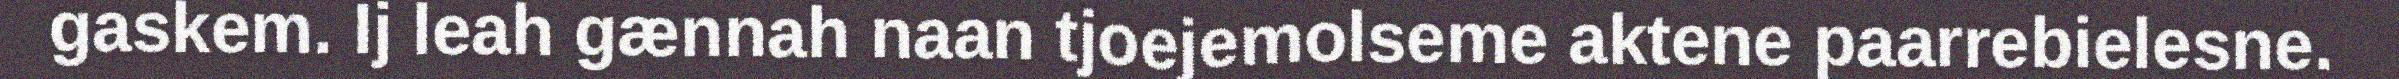
gaskem. Ij leah gænnah naan tjoejemolseme aktene paarrebielesne.